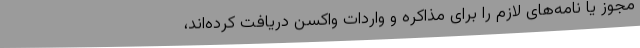
مجوز یا نامه‌های لازم را برای مذاکره و واردات واکسن دریافت کرده‌اند،